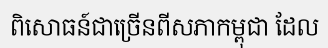
ពិសោធន៍ជាច្រើនពីសភាកម្ពុជា ដែល